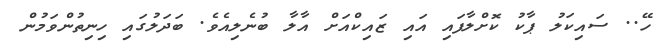
ހޭ.. ސައިކަލު ޕާކު ކޮށްލާފައި އައި ޒައިކްއަށް އާލާ ބުނެލިއެވެ. ބަދަލުގައި ހިނިތުންވަމުން